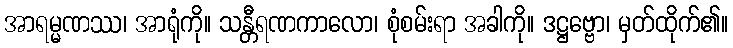
အာရမ္မဏဿ၊ အာရုံကို။ သန္တီရဏကာလော၊ စုံစမ်းရာ အခါကို။ ဒဋ္ဌဗ္ဗော၊ မှတ်ထိုက်၏။